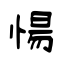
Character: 愓